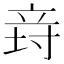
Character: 𥩸